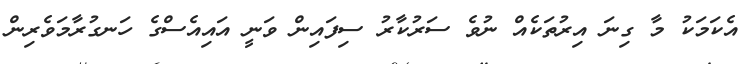
އެކަމަކު މާ ގިނަ އިރުތަކެއް ނުވެ ސަރުކާރު ސިފައިން ވަނީ އައިއެސްގެ ހަނގުރާމަވެރިން